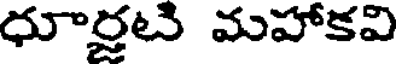
ధూర్తటి మహాకవి